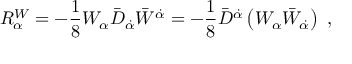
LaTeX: R _ { \alpha } ^ { W } = - \frac { 1 } { 8 } W _ { \alpha } { \bar { D } } _ { \dot { \alpha } } { \bar { W } } ^ { \dot { \alpha } } = - \frac { 1 } { 8 } { \bar { D } } ^ { \dot { \alpha } } \left( W _ { \alpha } { \bar { W } } _ { \dot { \alpha } } \right) \ ,